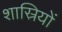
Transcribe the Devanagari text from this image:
शास्रियों